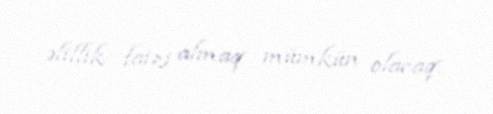
əlillik faizi almaq mümkün olacaq.